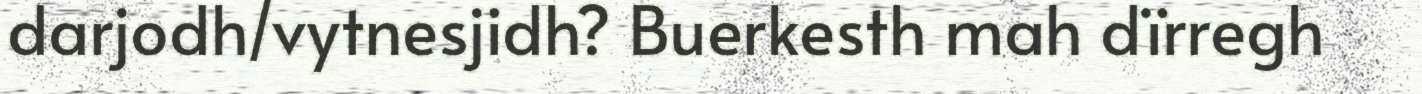
darjodh/vytnesjidh? Buerkesth mah dïrregh